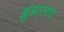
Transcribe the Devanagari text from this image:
झुंझारराव